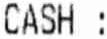
CASH :